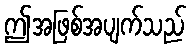
ဤအဖြစ်အပျက်သည်